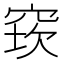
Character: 𥦔